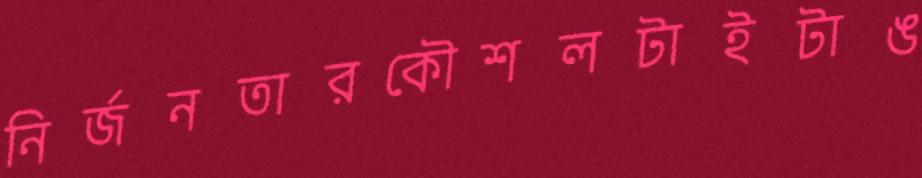
নির্জনতারকৌশলটাইটাঙ